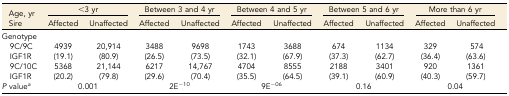
<table><thead><tr><td><b>Age, yr</b></td><td colspan="2"><b>&lt;3 yr</b></td><td colspan="2"><b>Between 3 and 4 yr</b></td><td colspan="2"><b>Between 4 and 5 yr</b></td><td colspan="2"><b>Between 5 and 6 yr</b></td><td colspan="2"><b>More than 6 yr</b></td></tr><tr><td><b>Sire</b></td><td><b>Affected</b></td><td><b>Unaffected</b></td><td><b>Affected</b></td><td><b>Unaffected</b></td><td><b>Affected</b></td><td><b>Unaffected</b></td><td><b>Affected</b></td><td><b>Unaffected</b></td><td><b>Affected</b></td><td><b>Unaffected</b></td></tr></thead><tbody><tr><td>Genotype</td><td></td><td></td><td></td><td></td><td></td><td></td><td></td><td></td><td></td><td></td></tr><tr><td> 9C/9C</td><td>4939</td><td>20,914</td><td>3488</td><td>9698</td><td>1743</td><td>3688</td><td>674</td><td>1134</td><td>329</td><td>574</td></tr><tr><td> IGF1R</td><td>(19.1)</td><td>(80.9)</td><td>(26.5)</td><td>(73.5)</td><td>(32.1)</td><td>(67.9)</td><td>(37.3)</td><td>(62.7)</td><td>(36.4)</td><td>(63.6)</td></tr><tr><td> 9C/10C</td><td>5368</td><td>21,144</td><td>6217</td><td>14,767</td><td>4704</td><td>8555</td><td>2188</td><td>3401</td><td>920</td><td>1361</td></tr><tr><td> IGF1R</td><td>(20.2)</td><td>(79.8)</td><td>(29.6)</td><td>(70.4)</td><td>(35.5)</td><td>(64.5)</td><td>(39.1)</td><td>(60.9)</td><td>(40.3)</td><td>(59.7)</td></tr><tr><td><i>P</i> value<i><sup>a</sup></i></td><td colspan="2">0.001</td><td colspan="2">2E<sup>−10</sup></td><td colspan="2">9E<sup>−06</sup></td><td colspan="2">0.16</td><td colspan="2">0.04</td></tr></tbody></table>